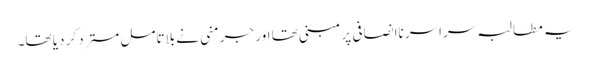
یہ مطالبہ سراسر ناانصافی پر مبنی تھا اور جرمنی نے بلاتامل مسترد کر دیا تھا۔